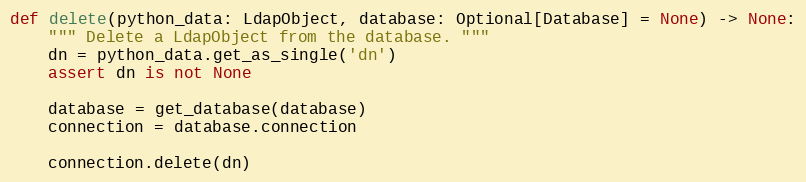
Language: Python
def delete(python_data: LdapObject, database: Optional[Database] = None) -> None:
    """ Delete a LdapObject from the database. """
    dn = python_data.get_as_single('dn')
    assert dn is not None

    database = get_database(database)
    connection = database.connection

    connection.delete(dn)